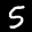
Label: 5